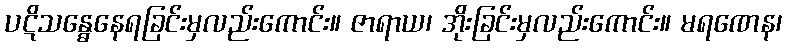
ပဋိသန္ဓေနေရခြင်းမှလည်းကောင်း။ ဇာရာယ၊ အိုးခြင်းမှလည်းကောင်း။ မရဏေန၊